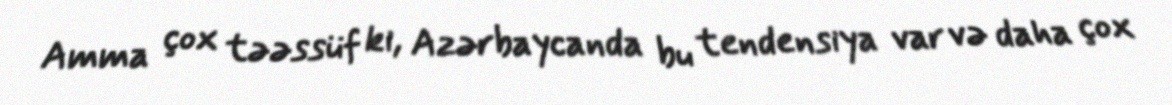
Amma çox təəssüf ki, Azərbaycanda bu tendensiya var və daha çox